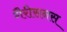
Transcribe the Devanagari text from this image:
गैरीसनस